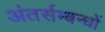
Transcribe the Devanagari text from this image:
अंतर्सम्बन्धों